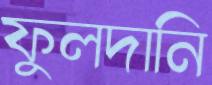
ফুলদানি